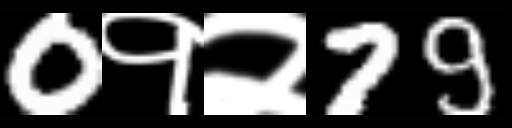
Text: 0१२79